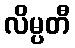
လိမ္ပတီ